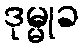
ဒုမ္မုခ